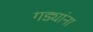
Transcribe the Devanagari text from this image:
गड्यांना